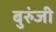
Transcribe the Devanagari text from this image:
बुरुंजी